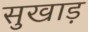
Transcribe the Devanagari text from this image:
सुखाड़